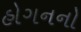
હોગનનો